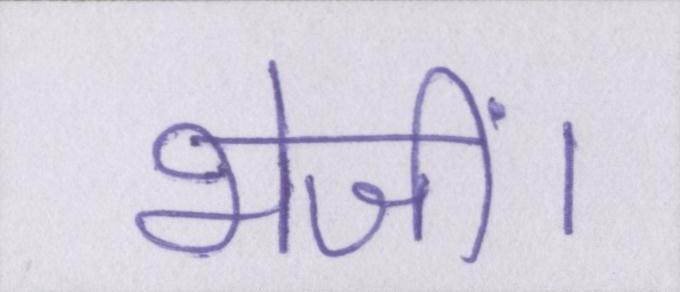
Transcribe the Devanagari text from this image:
भेजीं।